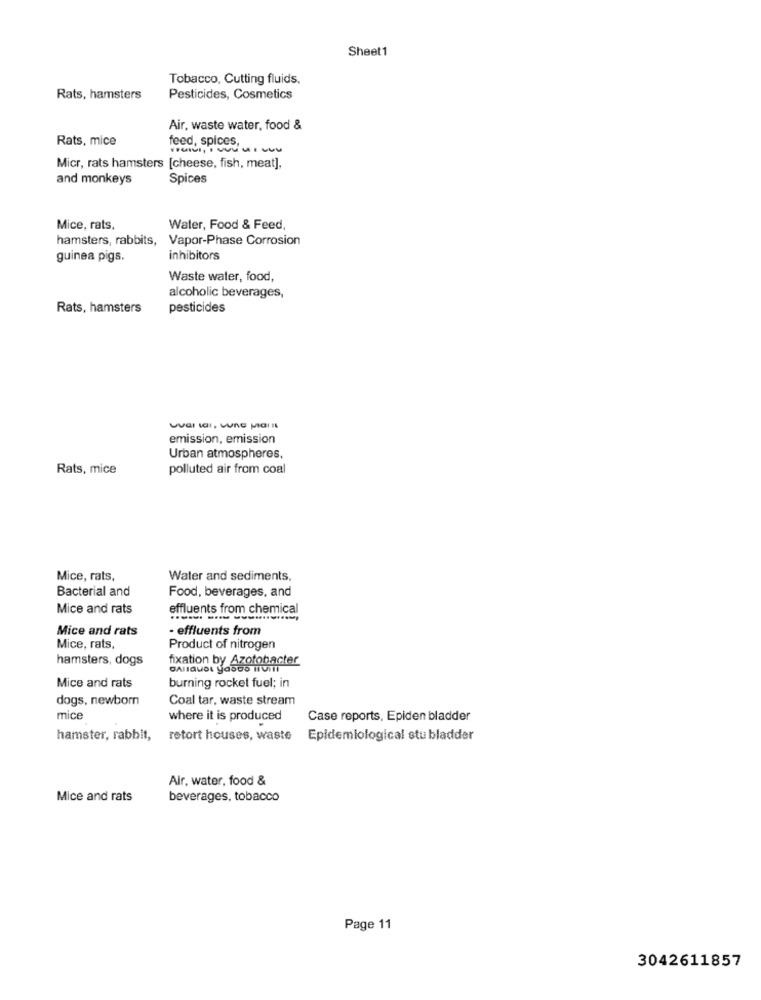
Sheet1
Tobacco, Cutting fluids,
Rats, hamsters
Pesticides, Cosmetics
Air, waste water, food &
Rats, mice
feed, spices,
Micr, rats hamsters [cheese, fish, meat],
and monkeys
Spices
Mice, rats,
Water, Food & Feed
hamsters, rabbits,
Vapor-Phase Corrosion
guinea pigs.
inhibitors
Waste water, food,
alcoholic beverages,
Rats, hamsters
pesticides
emission, emission
Urban atmospheres.
Rats, mice
polluted air from coal
Mice, rats,
Water and sediments,
Bacterial and
Food, beverages, and
Mice and rats
uents from chemical
Mice and rats
- effluents from
Mice, rats,
Product of nitrogen
hamsters, dogs
fixation by Azotobacter
Mice and rats
burning rocket fuel; in
dogs, newborn
Coal tar, waste stream
mice
where it is produced
Case reports, Epiden bladder
hamster, rabbit,
retort houses, waste
Epidemiological stu bladder
Air, water, food &
Mice and rats
beverages, tobacco
Page 11
3042611857